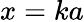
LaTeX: x=ka